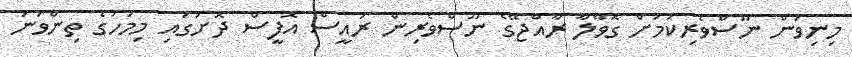
މިނިވަން ނޫސްވެރިކަމަށް ގޮވާލާ ރާއްޖޭގެ ނޫސްވެރިން ރައީސް އޮފީސް ދޮށުގައި މިމަހުގެ ތިންވަނަ